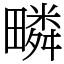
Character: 疄